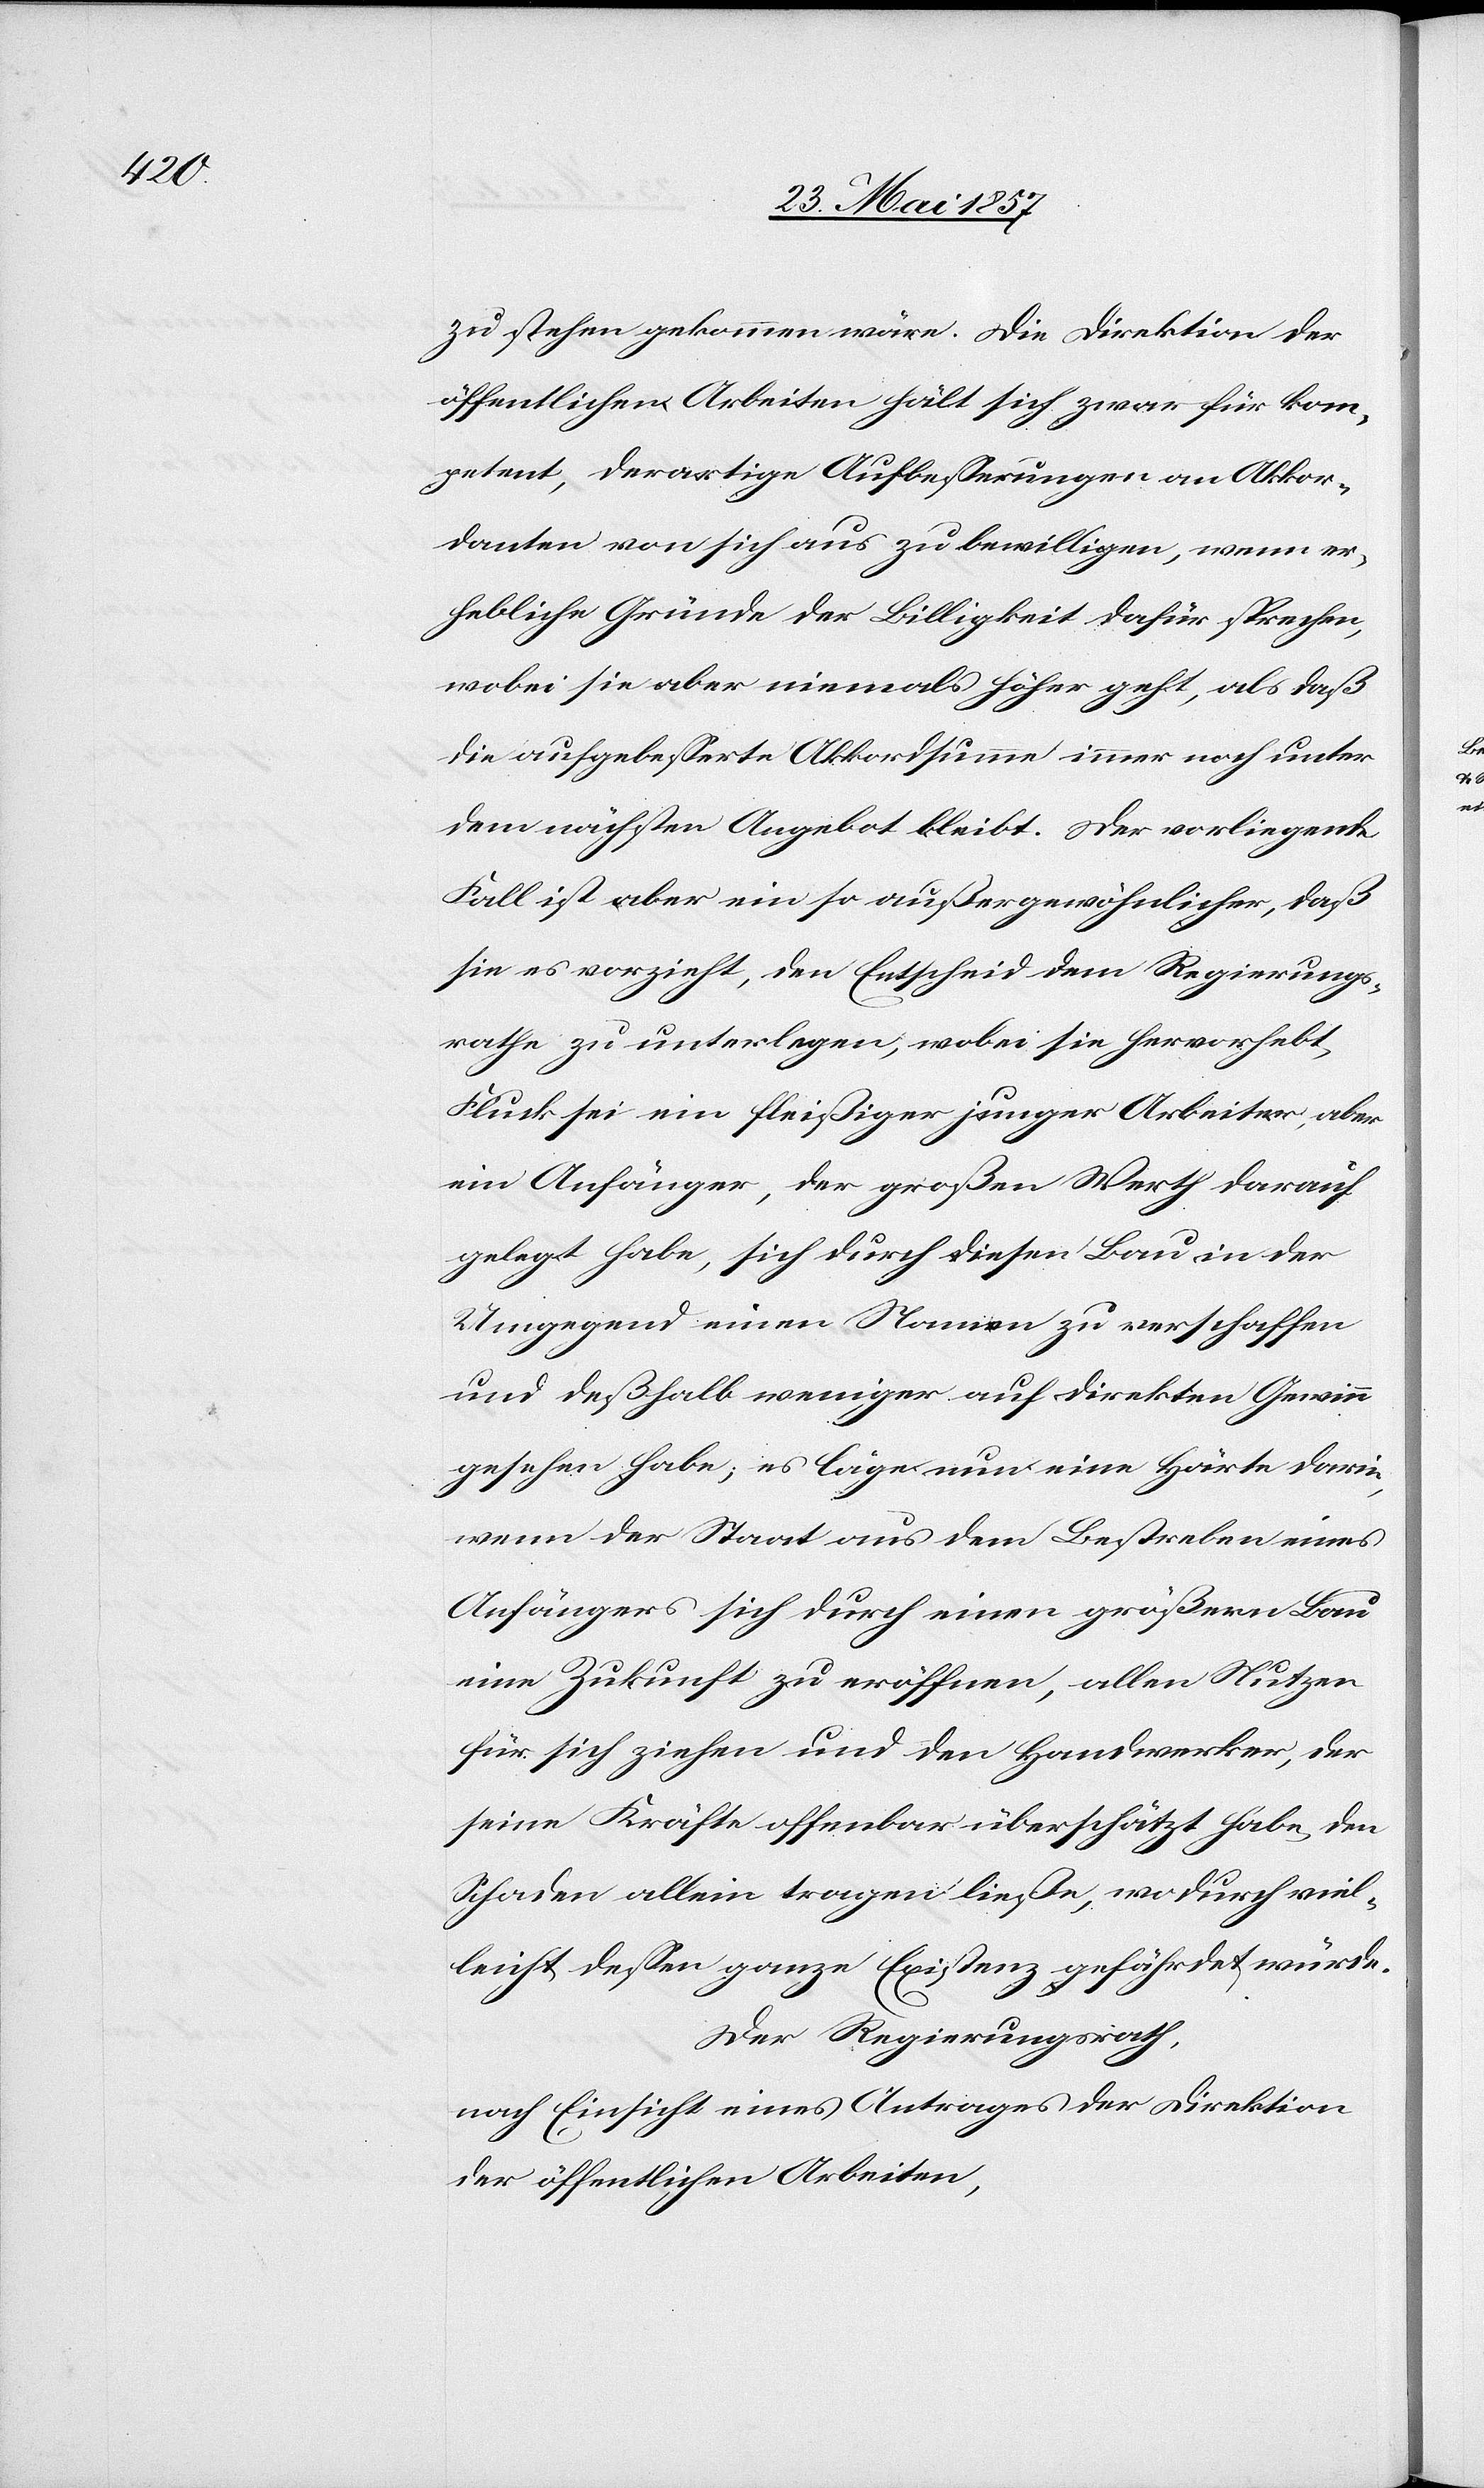
zu stehen gekommen wäre. Die Direktion der
öffentlichen Arbeiten hält sich zwar für kom¬
petent, derartige Aufbeserungen an Akkor¬
danten von sich aus zu bewilligen, wenn er¬
hebliche Gründe der Billigkeit dafür sprechen,
wobei sie aber niemals höher geht, als daß
die aufgebesserte Akkordsume immer noch unter
dem nächsten Angebot bleibt. Der vorliegende
Fall ist aber ein so außergewöhnlicher, daß
sie es vorzieht, den Entscheid dem Regierungs¬
rathe zu unterlegen, wobei sie hervorhebt
Fluck sei ein fleißiger junger Arbeiter, aber
ein Anfänger, der großen Werth darauf
gelegt habe, sich durch diesen Bau in der
Umgegend einen Namen zu verschaffen
und deßhalb weniger auf direkten Gewinn
gesehen habe; es läge nun eine Härte darin,
wenn der Staat aus dem Bestreben eines
Anfängers sich durch einen größern Bau
eine Zukunft zu eröffnen, allen Nutzen
für sich ziehen und den Handwerker, der
seine Kräfte offenbar überschätzt habe, den
Schaden allein tragen ließe, wodurch viel¬
leicht dessen ganze Existenz gefährdet würde.
Der Regierungsrath,
nach Einsicht eines Antrages der Direktion
der öffentlichen Arbeiten,